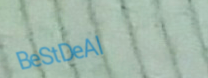
BeStDeAl